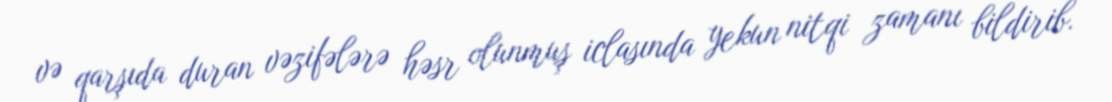
və qarşıda duran vəzifələrə həsr olunmuş iclasında yekun nitqi zamanı bildirib.